Election expenses, 1914, 1914
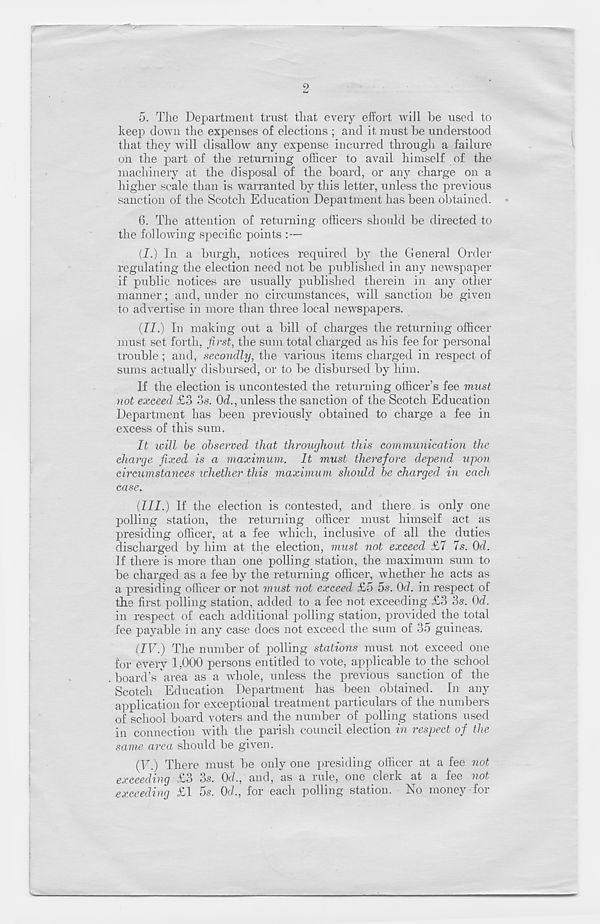
2
5. The Department trust that every effort will he used to
keep down the expenses of elections ; and it must be understood
that they will disallow any expense incurred through a failure
on the part of the returning officer to avail himself of the
machinery at the disposal of the board, or any charge on a
higher scale than is warranted by this letter, unless the previous
sanction of the Scotch Education Depar tment has been obtained.
6. The attention of returning officers should be directed to
the following specific points : —
(I.) In a burgh, notices required by the General Order
regulating the election need not be published in any newspaper
if public notices are usually published therein in any other
manner; and, under no circumstances, will sanction be given
to advertise in more than three local newspapers.
(II.) In making out a bill of charges the returning officer
must set forth, first, the sum total charged as his fee for personal
trouble ; and, secondly, the various items charged in respect of
sums actually disbursed, or to be disbursed by him.
If the election is uncontested the returning officer’s fee must
not exceed £3 3s. Od., unless the sanction of the Scotch Education
Department has been previously obtained to charge a fee in
excess of this sum.
It leill be observed that throughout this communication the
charge fixed is a maximum. It must therefore depend upon
circumstances ichether this maximum should be charged in each
case.
(III.) If the election is contested, and there, is only one
polling station, the returning officer must himself act as
presiding officer, at a fee which, inclusive of all the duties
discharged by him at the election, must not exceed £7 7s. Od.
If there is more than one polling station, the maximum sum to
be charged as a fee by the returning officer, whether he acts as
a presiding officer or not must not exceed £5 5s. Od. in respect of
the first polling station, added to a fee not exceeding £3 3s. Od.
in respect of each additional polling station, provided the total
fee payable in any case does not exceed the sum of 35 guineas.
(IV.) The number of polling stations must not exceed one
for every 1,000 persons entitled to vote, applicable to the school
board’s 'area as a whole, unless the previous sanction of the
Scotch Education Department has been obtained. In any
application for exceptional treatment particulars of the numbers
of school board voters and the number of polling stations used
in connection with the parish council election in respect of the
same area should be given.
(V.) There must be only one presiding officer at a fee not
exceeding £3 3s. Od., and, as a rule, one clerk at a fee not
exceeding £1 5s. Od., for each polling station. Eo money for